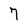
Character: 7